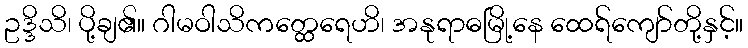
ဥဒ္ဒိသိ၊ ပို့ချ၏။ ဂါမဝါသိကတ္ထေရေဟိ၊ အနုရာဓမြို့နေ ထေရ်ကျော်တို့နှင့်။